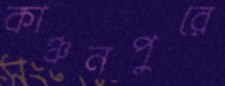
কাঞ্চনপুরে